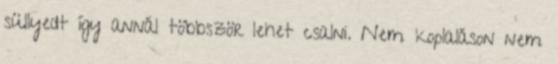
süllyedt így annál többször lehet csalni. Nem koplaláson nem